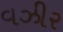
વઝીર